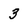
Character: 3